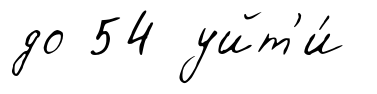
до 54 уйт'и́